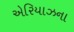
એરિયાઝના